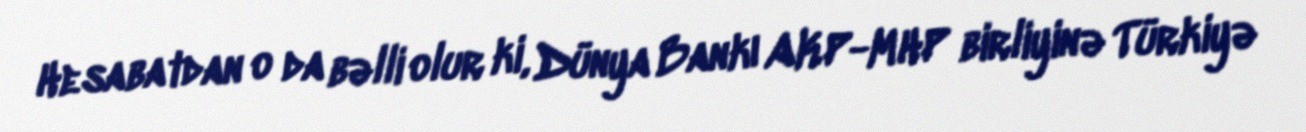
Hesabatdan o da bəlli olur ki, Dünya Bankı AKP-MHP birliyinə Türkiyə